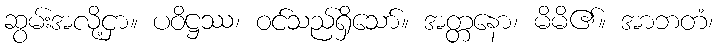
ဆွမ်းအလို့ငှာ။ ပဝိဋ္ဌဿ၊ ဝင်သည်ရှိသော်။ အတ္တနော၊ မိမိ၏။ အာဘတံ၊